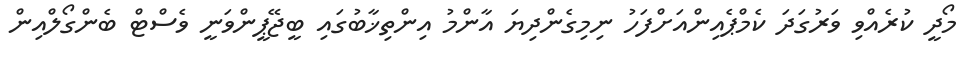
މޯދީ ކުރެއްވި ވަރުގަދަ ކެމްޕެއިންއަށްފަހު ނިމިގެންދިޔަ އާންމު އިންތިޚާބުގައި ބީޖޭޕީންވަނީ ވެސްޓް ބެންގޯލްއިން